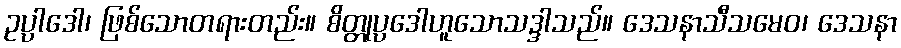
ဥပ္ပါဒေါ၊ ဖြစ်သောတရားတည်း။ စိတ္တုပ္ပဒေါဟူသောသဒ္ဒါသည်။ ဒေသနာသီသမေဝ၊ ဒေသနာ